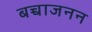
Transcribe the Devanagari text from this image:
बच्चाजनन